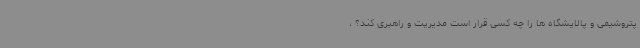
پتروشیمی و پالایشگاه ها را چه کسی قرار است مدیریت و راهبری کند؟ ،